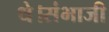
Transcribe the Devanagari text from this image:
थे।संभाजी